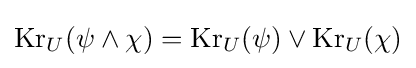
\operatorname {Kr} _{U}(\psi \land \chi )=\operatorname {Kr} _{U}(\psi )\lor \operatorname {Kr} _{U}(\chi )